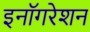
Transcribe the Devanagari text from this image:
इनॉगरेशन